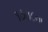
૧૭૩૮ના